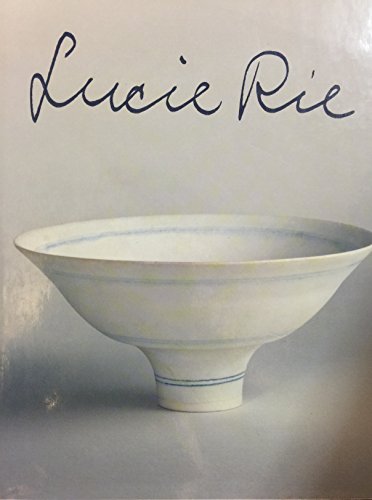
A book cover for Lucie Rie; Tony Birks; Arts & Photography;